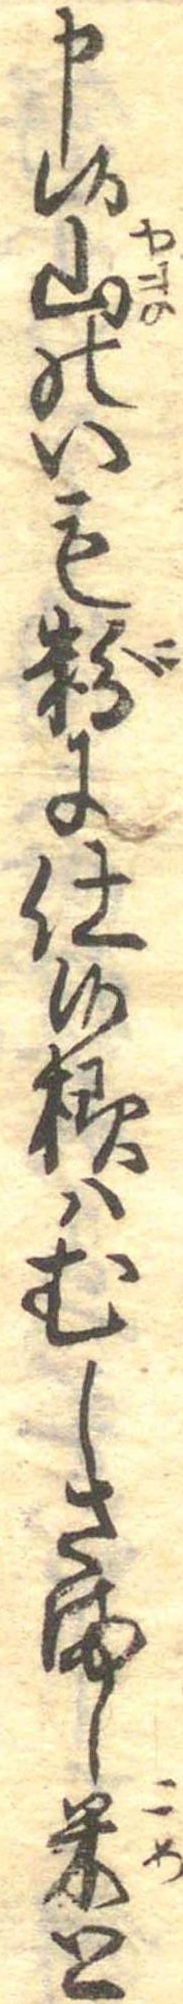
申候山のいも粉に仕候様はむしさまし米と